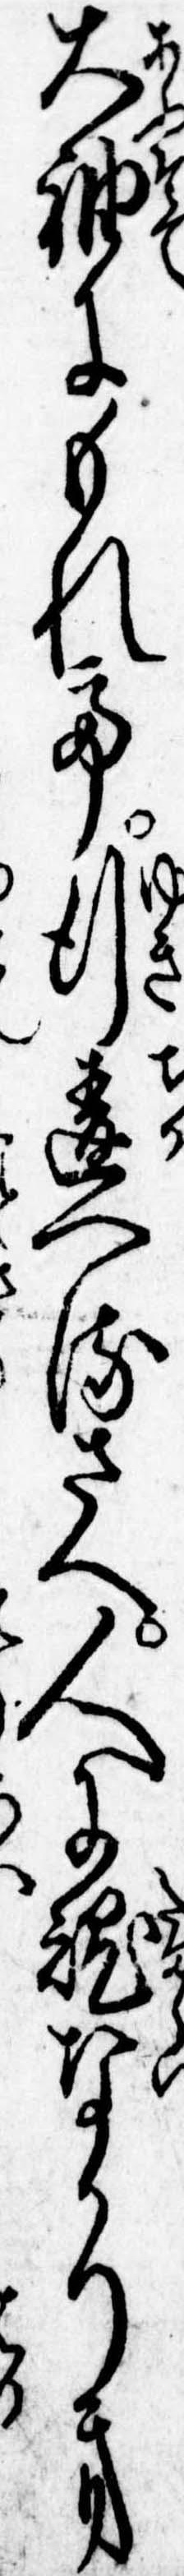
大袖にもれて行違へるさへ人に魂なかりき